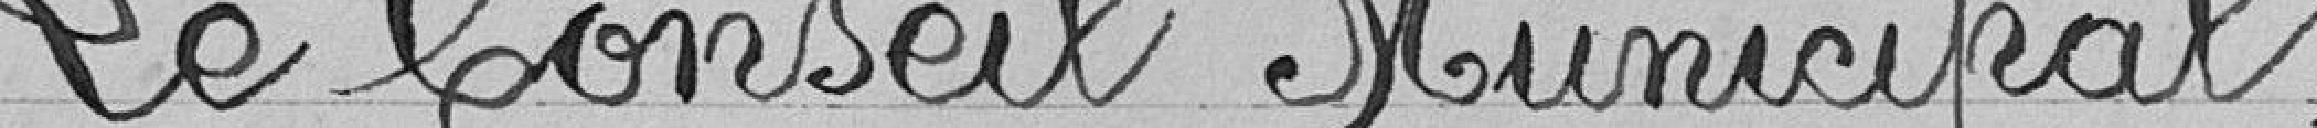
Le Conseil Municipal